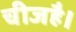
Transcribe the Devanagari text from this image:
चीजहै।